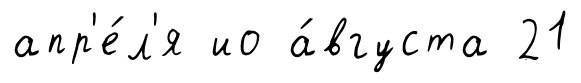
апр'е́л'я ио а́вгуста 21